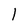
Character: 1